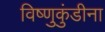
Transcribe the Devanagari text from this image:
विष्णुकुंडीना